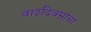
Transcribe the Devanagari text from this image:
वाढदिवसाचा